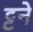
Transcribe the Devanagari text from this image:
ट्टने